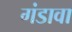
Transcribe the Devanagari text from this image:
गंडावा